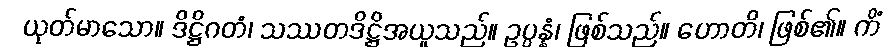
ယုတ်မာသော။ ဒိဋ္ဌိဂတံ၊ သဿတဒိဋ္ဌိအယူသည်။ ဥပ္ပန္နံ၊ ဖြစ်သည်။ ဟောတိ၊ ဖြစ်၏။ ကိံ